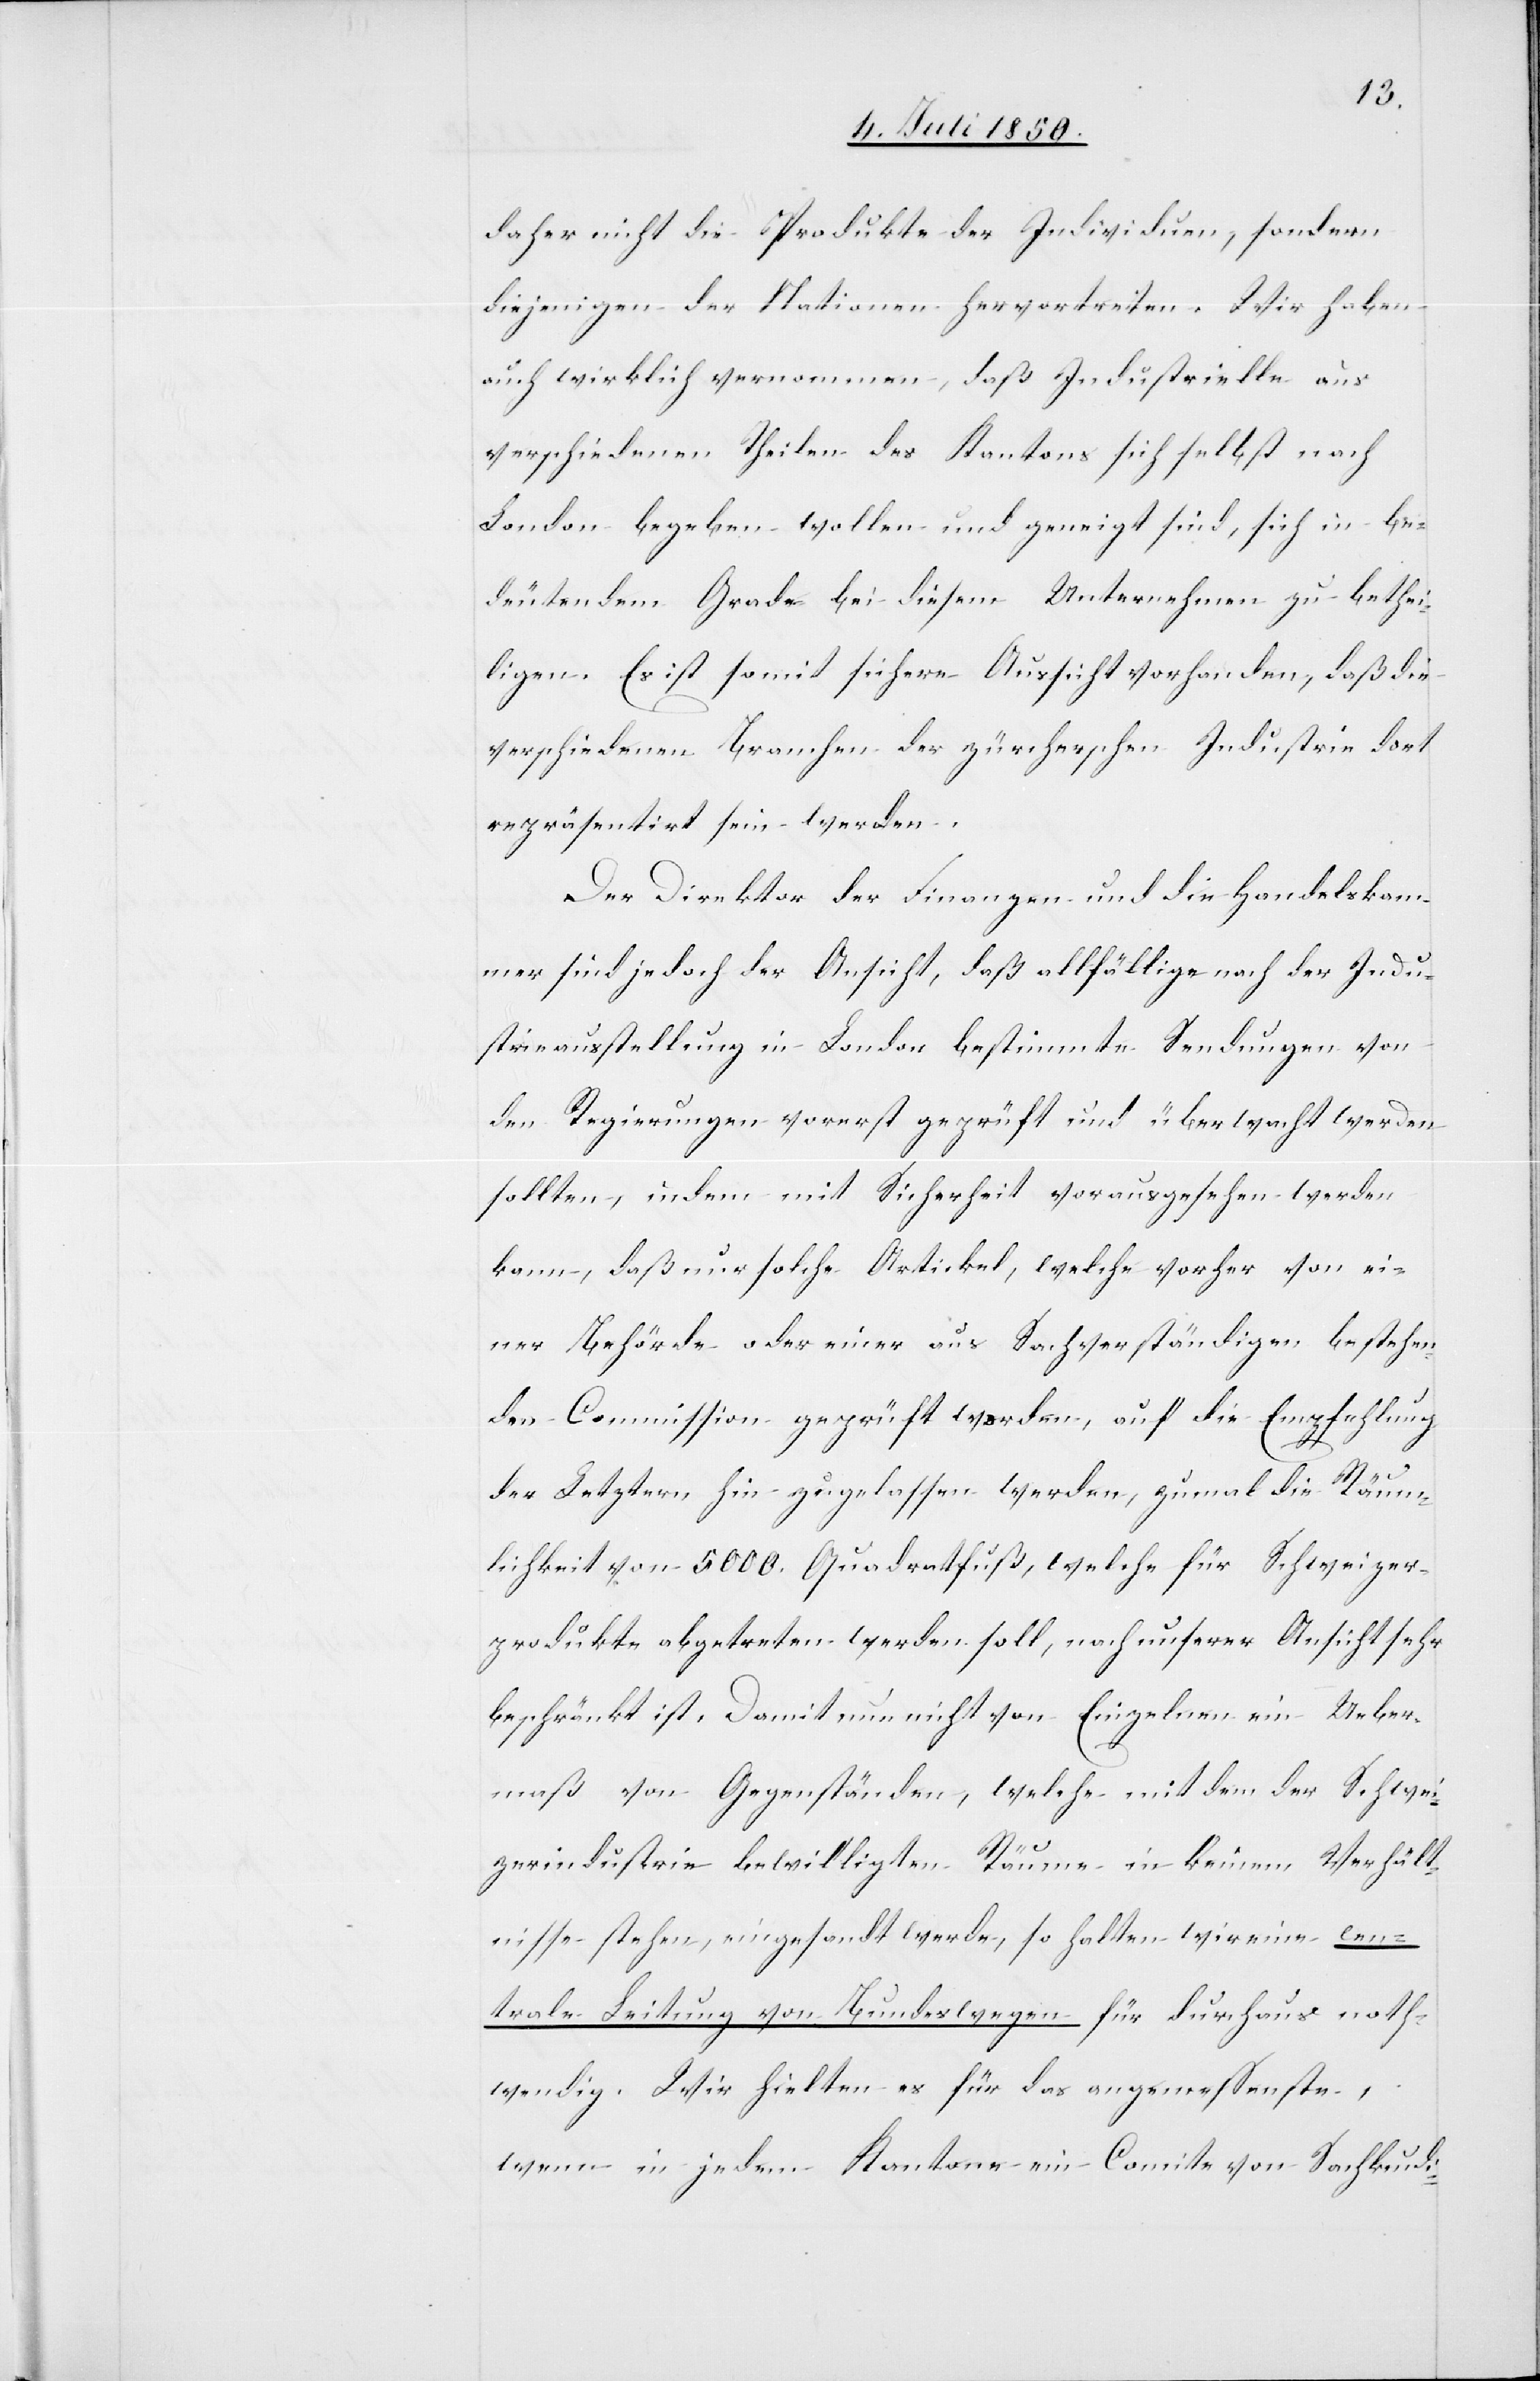
daher nicht die Produkte der Individuen, sondern
diejenigen der Nationen hervortreten. Wir haben
auch wirklich vernommen, daß Industrielle aus
verschiedenen Theilen des Kantons sich selbst nach
London begeben wollen und geneigt sind, sich in be¬
deutendem Grade bei diesem Unternehmen zu bethei¬
ligen. Es ist somit sichere Aussicht vorhanden, daß die
verschiedenen Branchen der zürcherschen Industrie dort
repräsentirt sein werden.
Der Direktor der Finanzen und die Handelskam¬
mer sind jedoch der Ansicht, daß allfällige nach der Indu¬
strieausstellung in London bestimmte Sendungen von
den Regierungen vorerst geprüft und überwacht werden
sollten, indem mit Sicherheit vorausgesehen werden
kann, daß nur solche Artickel, welche vorher von ei¬
ner Behörde oder einer aus Sachverständigen bestehen¬
den Commission geprüft worden, auf die Empfehlung
der Letztern hin zugelassen werden, zumal die Räum¬
lichkeit von 5000. Quadratfuß, welche für Schweizer¬
produkte abgetreten werden soll, nach unserer Ansicht sehr
beschränkt ist, Damit nun nicht von Einzelnen ein Ueber¬
maß von Gegenständen, welche mit dem der Schwei¬
zerindustrie bewilligten Räumen in keinem Verhält¬
nisse stehen, eingesandt werden, so halten wir eine cen¬
trale Leitung von Bundeswegen für durchaus noth¬
wendig. Wir hielten es für das angemessenste,
wenn in jedem Kantone ein Comite von Sachkundi-